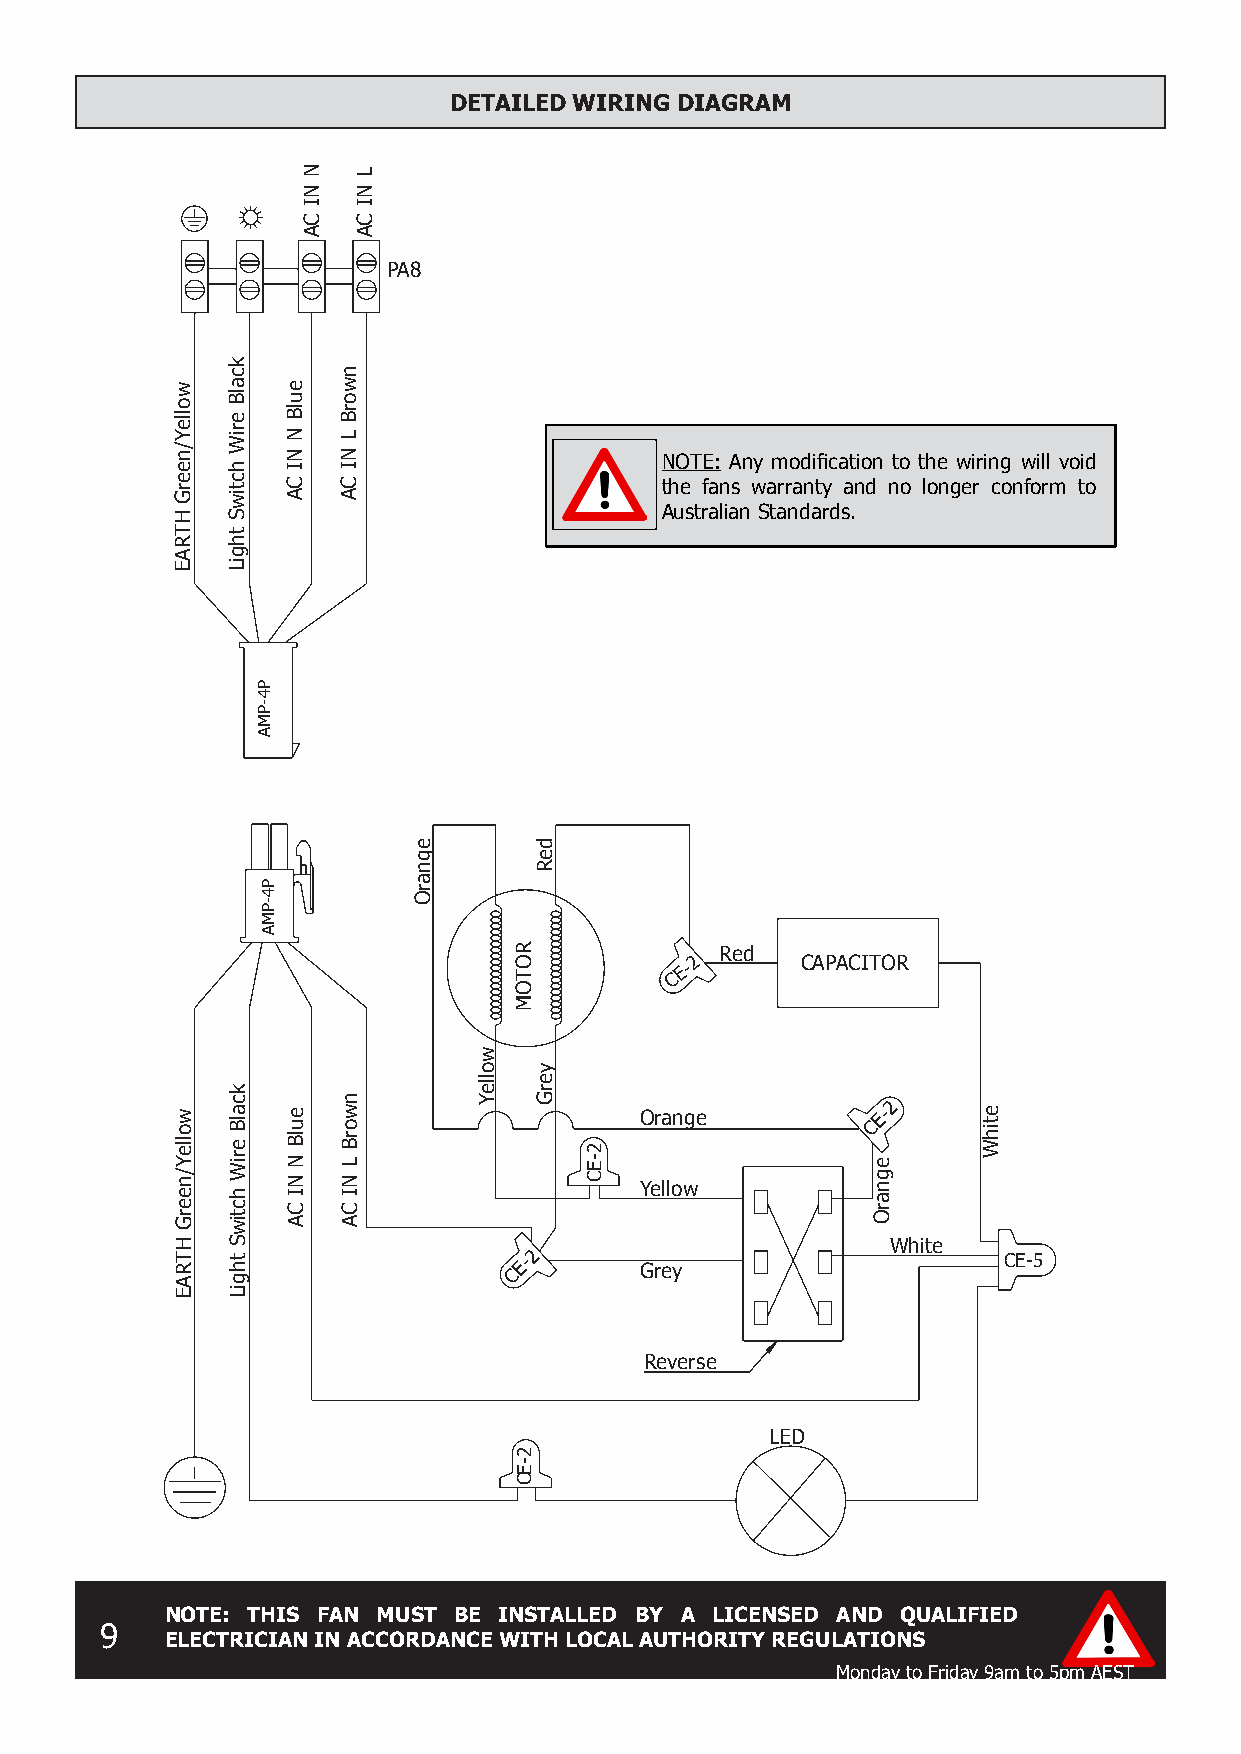
DETAILED WIRING DIAGRAM
 PA8
 NOTE: Any modification to the wiring will void
 the fans warranty and no longer conform to
 Australian Standards.
 Red
 2      CAPACITOR
 E-
 C
 2
 Orange          E-
 C
 Yellow
 White
 CE-2
 Grey
 CE-5
 Reverse
 LED
 NOTE: THIS FAN MUST BE INSTALLED BY A LICENSED AND QUALIFIED
 9
 ELECTRICIAN IN ACCORDANCE WITH LOCAL AUTHORITY REGULATIONS
 Monday to Friday 9am to 5pm AEST
 wolleY/neerG
 HTRAE
 wolleY/neerG
 HTRAE
 kcalB
 eriW
 hctiwS
 thgiL
 kcalB
 eriW
 hctiwS
 thgiL
 P4-PMA
 P4-PMA
 eulB
 N
 NI
 CA
 eulB
 N
 NI
 CA
 N
 NI
 CA
 nworB
 L
 NI
 CA
 nworB
 L
 NI
 CA
 L
 NI
 CA
 egnarO
 wolleY
 ROTOM
 2-EC
 deR
 yerG
 2-EC
 egnarO
 etihW